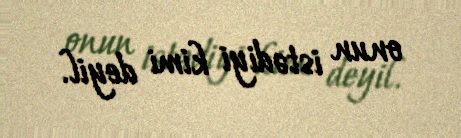
onun istədiyi kimi deyil.